system: You are a helpful assistant.
user:
Analyze the provided spectrum to determine if it is a **Carbon Star (C-type)**.

- **Key Visual Indicators of Carbon Star:**
    - **(Primary):** Strong molecular absorption from **C₂ (diatomic carbon) "Swan Bands."** This is the **defining feature** of a carbon star.
        - **(Key Bandheads):** Sharp absorption edges are visible at approximately $5635$ Å, $5165$ Å (the strongest band), and $4737$ Å.
        - **(Line Profile):** Creates a distinct **"saw-tooth"** pattern. The key morphology is a sharp, steep bandhead on the **red (long-wavelength) side**, which then gradually tapers off (i.e., flux recovers) towards the **blue (short-wavelength) side**. *(This is the direct opposite of the TiO bands seen in M-type stars)*.

    - **(Secondary):** Intense **CN (cyanogen)** molecular absorption bands.
        - **(Key Bandheads):** Located in the blue and violet regions of the spectrum (e.g., near $4215$ Å and $3883$ Å).
        - **(Morphology):** These bands are extremely broad and act as a "blanket," absorbing the vast majority of blue and violet light. This creates a characteristic **"cliff"** or **"steep drop-off"** in the spectrum's flux at short wavelengths.

    - **(Key Confirmation):** Strong **CH absorption band (G-band)**.
        - **(Key Bandhead):** Located around $4300$ Å. The contribution from CH molecules to this band is exceptionally strong.

    - **(Overall Spectrum):**
        - The continuum is severely "chopped up" by these deep molecular bands, especially C₂, rather than appearing as a smooth curve.
        - Due to the heavy CN and C₂ absorption in the blue-green, the vast majority of the star's flux is concentrated in the red part of the spectrum, giving the star its characteristic deep red color.

Think first, call **spectral_visualization_tool** if needed to examine features in detail, then provide your final answer. Your response must adhere to the following strict rules:
1.  **Overall Structure:** Your response must follow the format `<think>...</think> <tool_call>...</tool_call> (if a tool is used) <answer>...</answer>`.
2.  **Tool Usage Constraint:** You may only make **one** tool call per turn.
3.  **Final Answer Format:** In the `<answer>` tag, your conclusion must be inside a `\boxed{}` command (e.g., `\boxed{YES}`), followed by your justification.

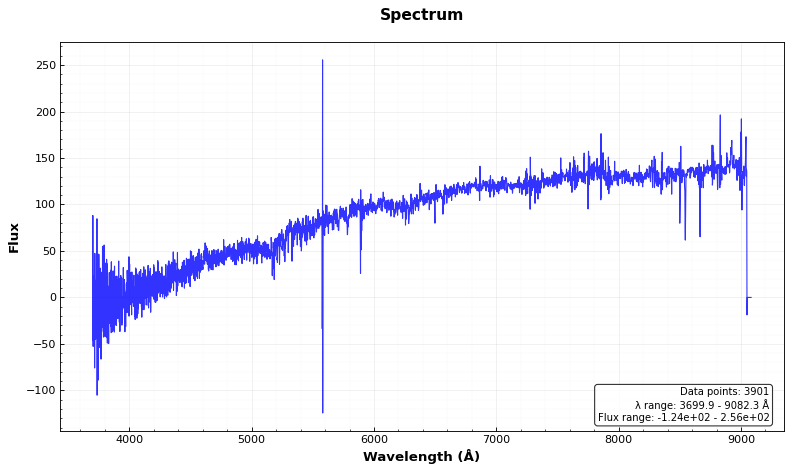
Answer: NO